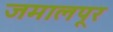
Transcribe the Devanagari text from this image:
जमालपूर